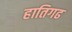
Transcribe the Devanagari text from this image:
हातिगढ